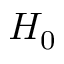
H _ { 0 }